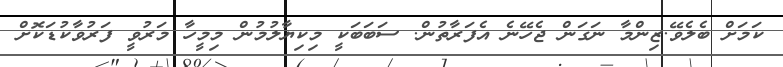
ކަމަށް ބެލެވޭ.ޒިންމާ ނަގަން ޖެހޭނެ އެފަރާތުން. ސަބަބަކީ މިކިޔާލުމުން މިމީހާ މަރުވީ ފަރުވާކުޑަކޮށް